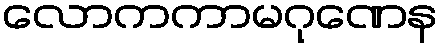
လောကကာမဂုဏေန